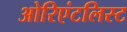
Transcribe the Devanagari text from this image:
ओरिएंटलिस्ट